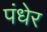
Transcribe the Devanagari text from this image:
पंधेर